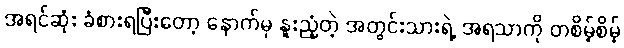
အရင်ဆုံး ခံစားရပြီးတော့ နောက်မှ နူးညံ့တဲ့ အတွင်းသားရဲ့ အရသာကို တစိမ့်စိမ့်